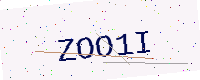
Text: ZOO1I